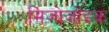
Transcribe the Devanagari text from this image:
मिजोजोइक